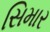
સિમાર